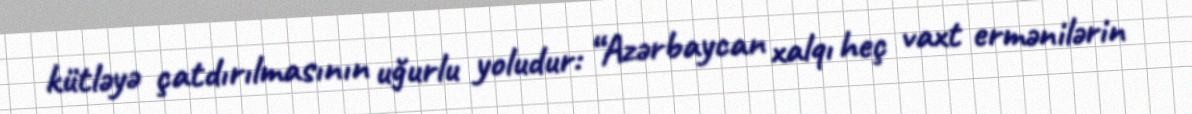
kütləyə çatdırılmasının uğurlu yoludur: “Azərbaycan xalqı heç vaxt ermənilərin